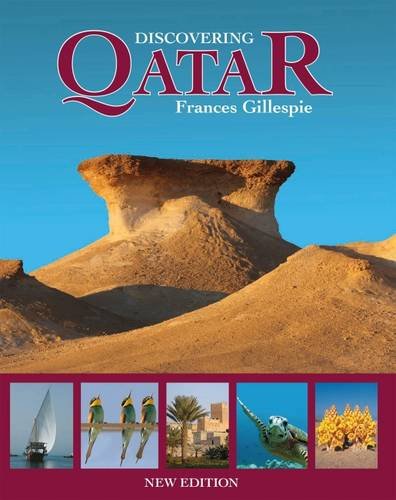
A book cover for Discovering Qatar (PB); Frances Gillespie; History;